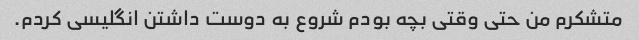
متشکرم من حتی وقتی بچه بودم شروع به دوست داشتن انگلیسی کردم.